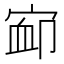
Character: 𰍃